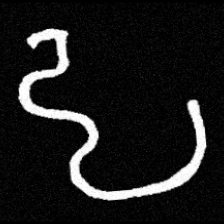
Pyu character \u2014 Myanmar letter: ဠ (romanized: lla)